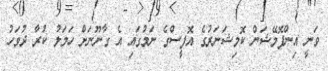
ވަނީ އިންފޮމޭޝަން ކޮމިޝަނަރުގެ އޮފީސްގެ ނަމުގައި އެ ގާނޫނަށް ހަމަލު ކުރާ ދުވަހު